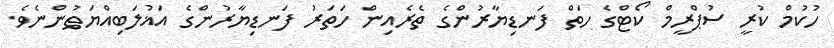
ހުކުމް ކުރީ ސުޕްރީމް ކޯޓްގެ ހަތް ފަނޑިޔާރުންގެ ތެރެއިން ހަތަރު ފަނޑިޔާރުންގެ އަޣުލަބިއްޔަތުންނެވެ.